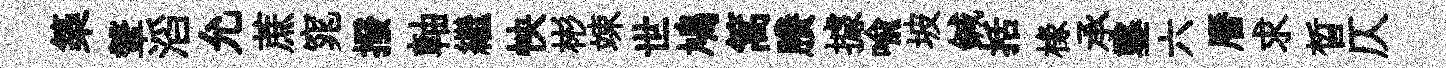
築鞶滔允蔗窕撥軸繼怏彬竦世鳩篙賸據喩坡鍼括椽承鑿六曆求晳仄